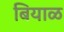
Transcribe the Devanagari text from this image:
बियाळ